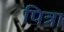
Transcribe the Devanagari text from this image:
पित्रा